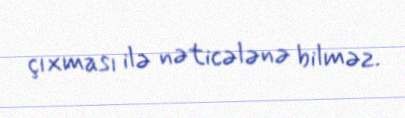
çıxması ilə nəticələnə bilməz.